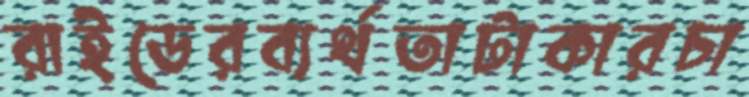
রাইডেরব্যর্থতাটাকারচা